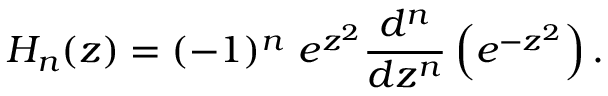
H _ { n } ( z ) = ( - 1 ) ^ { n } ~ e ^ { z ^ { 2 } } { \frac { d ^ { n } } { d z ^ { n } } } \left( e ^ { - z ^ { 2 } } \right) .